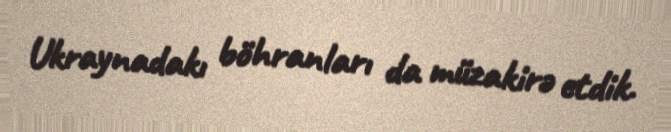
Ukraynadakı böhranları da müzakirə etdik.